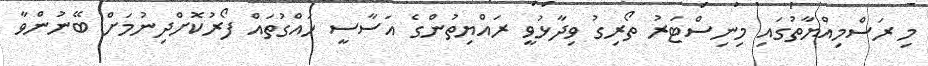
މި ރަސްމިއްޔާތުގައި މިނިސްޓަރު ތޯރިގު ވިދާޅުވީ ރައްޔިތުންގެ އަސާސީ ހައްގުތައް ފޯރުކޮށްދިނުމަށް ބޭނުންވާ